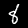
Label: 8